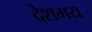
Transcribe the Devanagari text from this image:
देशमय